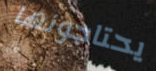
يحتاجونها